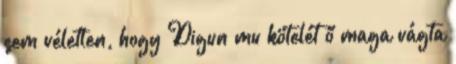
sem véletlen, hogy Digun mu kötelét ő maga vágta